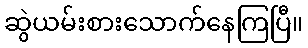
ဆွဲယမ်းစားသောက်နေကြပြီ။